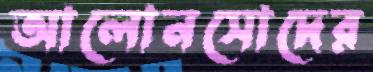
আলোনসোদের